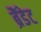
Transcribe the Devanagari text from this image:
ब्रैंडेट